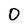
Character: 0